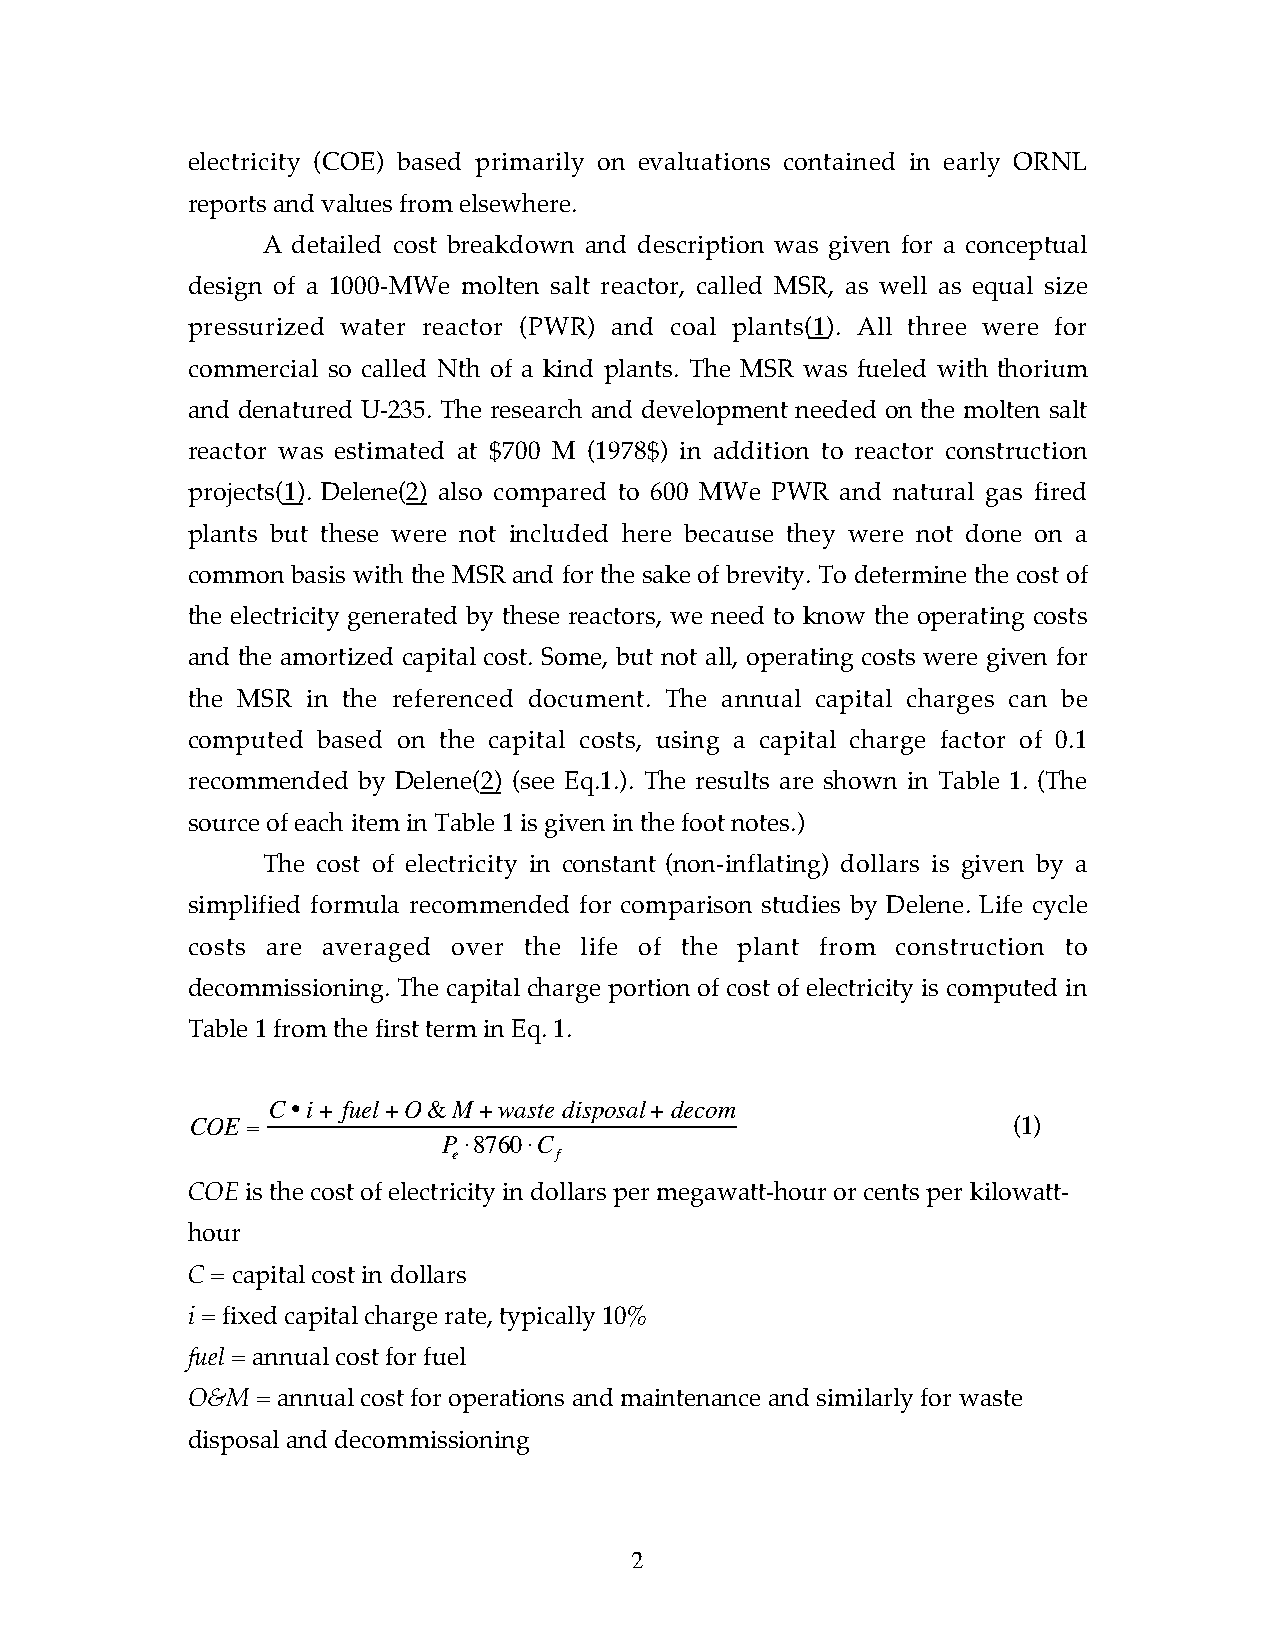
electricity (COE) based primarily on evaluations contained in early ORNL
 reports and values from elsewhere.
 A detailed cost breakdown and description was given for a conceptual
 design of a 1000-MWe molten salt reactor, called MSR, as well as equal size
 pressurized water reactor (PWR) and coal plants(1). All three were for
 commercial so called Nth of a kind plants. The MSR was fueled with thorium
 and denatured U-235. The research and development needed on the molten salt
 reactor was estimated at $700 M (1978$) in addition to reactor construction
 projects(1). Delene(2) also compared to 600 MWe PWR and natural gas fired
 plants but these were not included here because they were not done on a
 common basis with the MSR and for the sake of brevity. To determine the cost of
 the electricity generated by these reactors, we need to know the operating costs
 and the amortized capital cost. Some, but not all, operating costs were given for
 the MSR in the referenced document. The annual capital charges can be
 computed based on the capital costs, using a capital charge factor of 0.1
 recommended by Delene(2) (see Eq.1.). The results are shown in Table 1. (The
 source of each item in Table 1 is given in the foot notes.)
 The cost of electricity in constant (non-inflating) dollars is given by a
 simplified formula recommended for comparison studies by Delene. Life cycle
 costs are averaged over the life of the plant from construction to
 decommissioning. The capital charge portion of cost of electricity is computed in
 Table 1 from the first term in Eq. 1.
 C•i+ fuel+O&M +waste disposal+ decom
 COE=                                                  (1)
 P ⋅8760⋅C
 e      f
 COE is the cost of electricity in dollars per megawatt-hour or cents per kilowatt-
 hour
 C = capital cost in dollars
 i = fixed capital charge rate, typically 10%
 fuel = annual cost for fuel
 O&M  = annual cost for operations and maintenance and similarly for waste
 disposal and decommissioning
 2